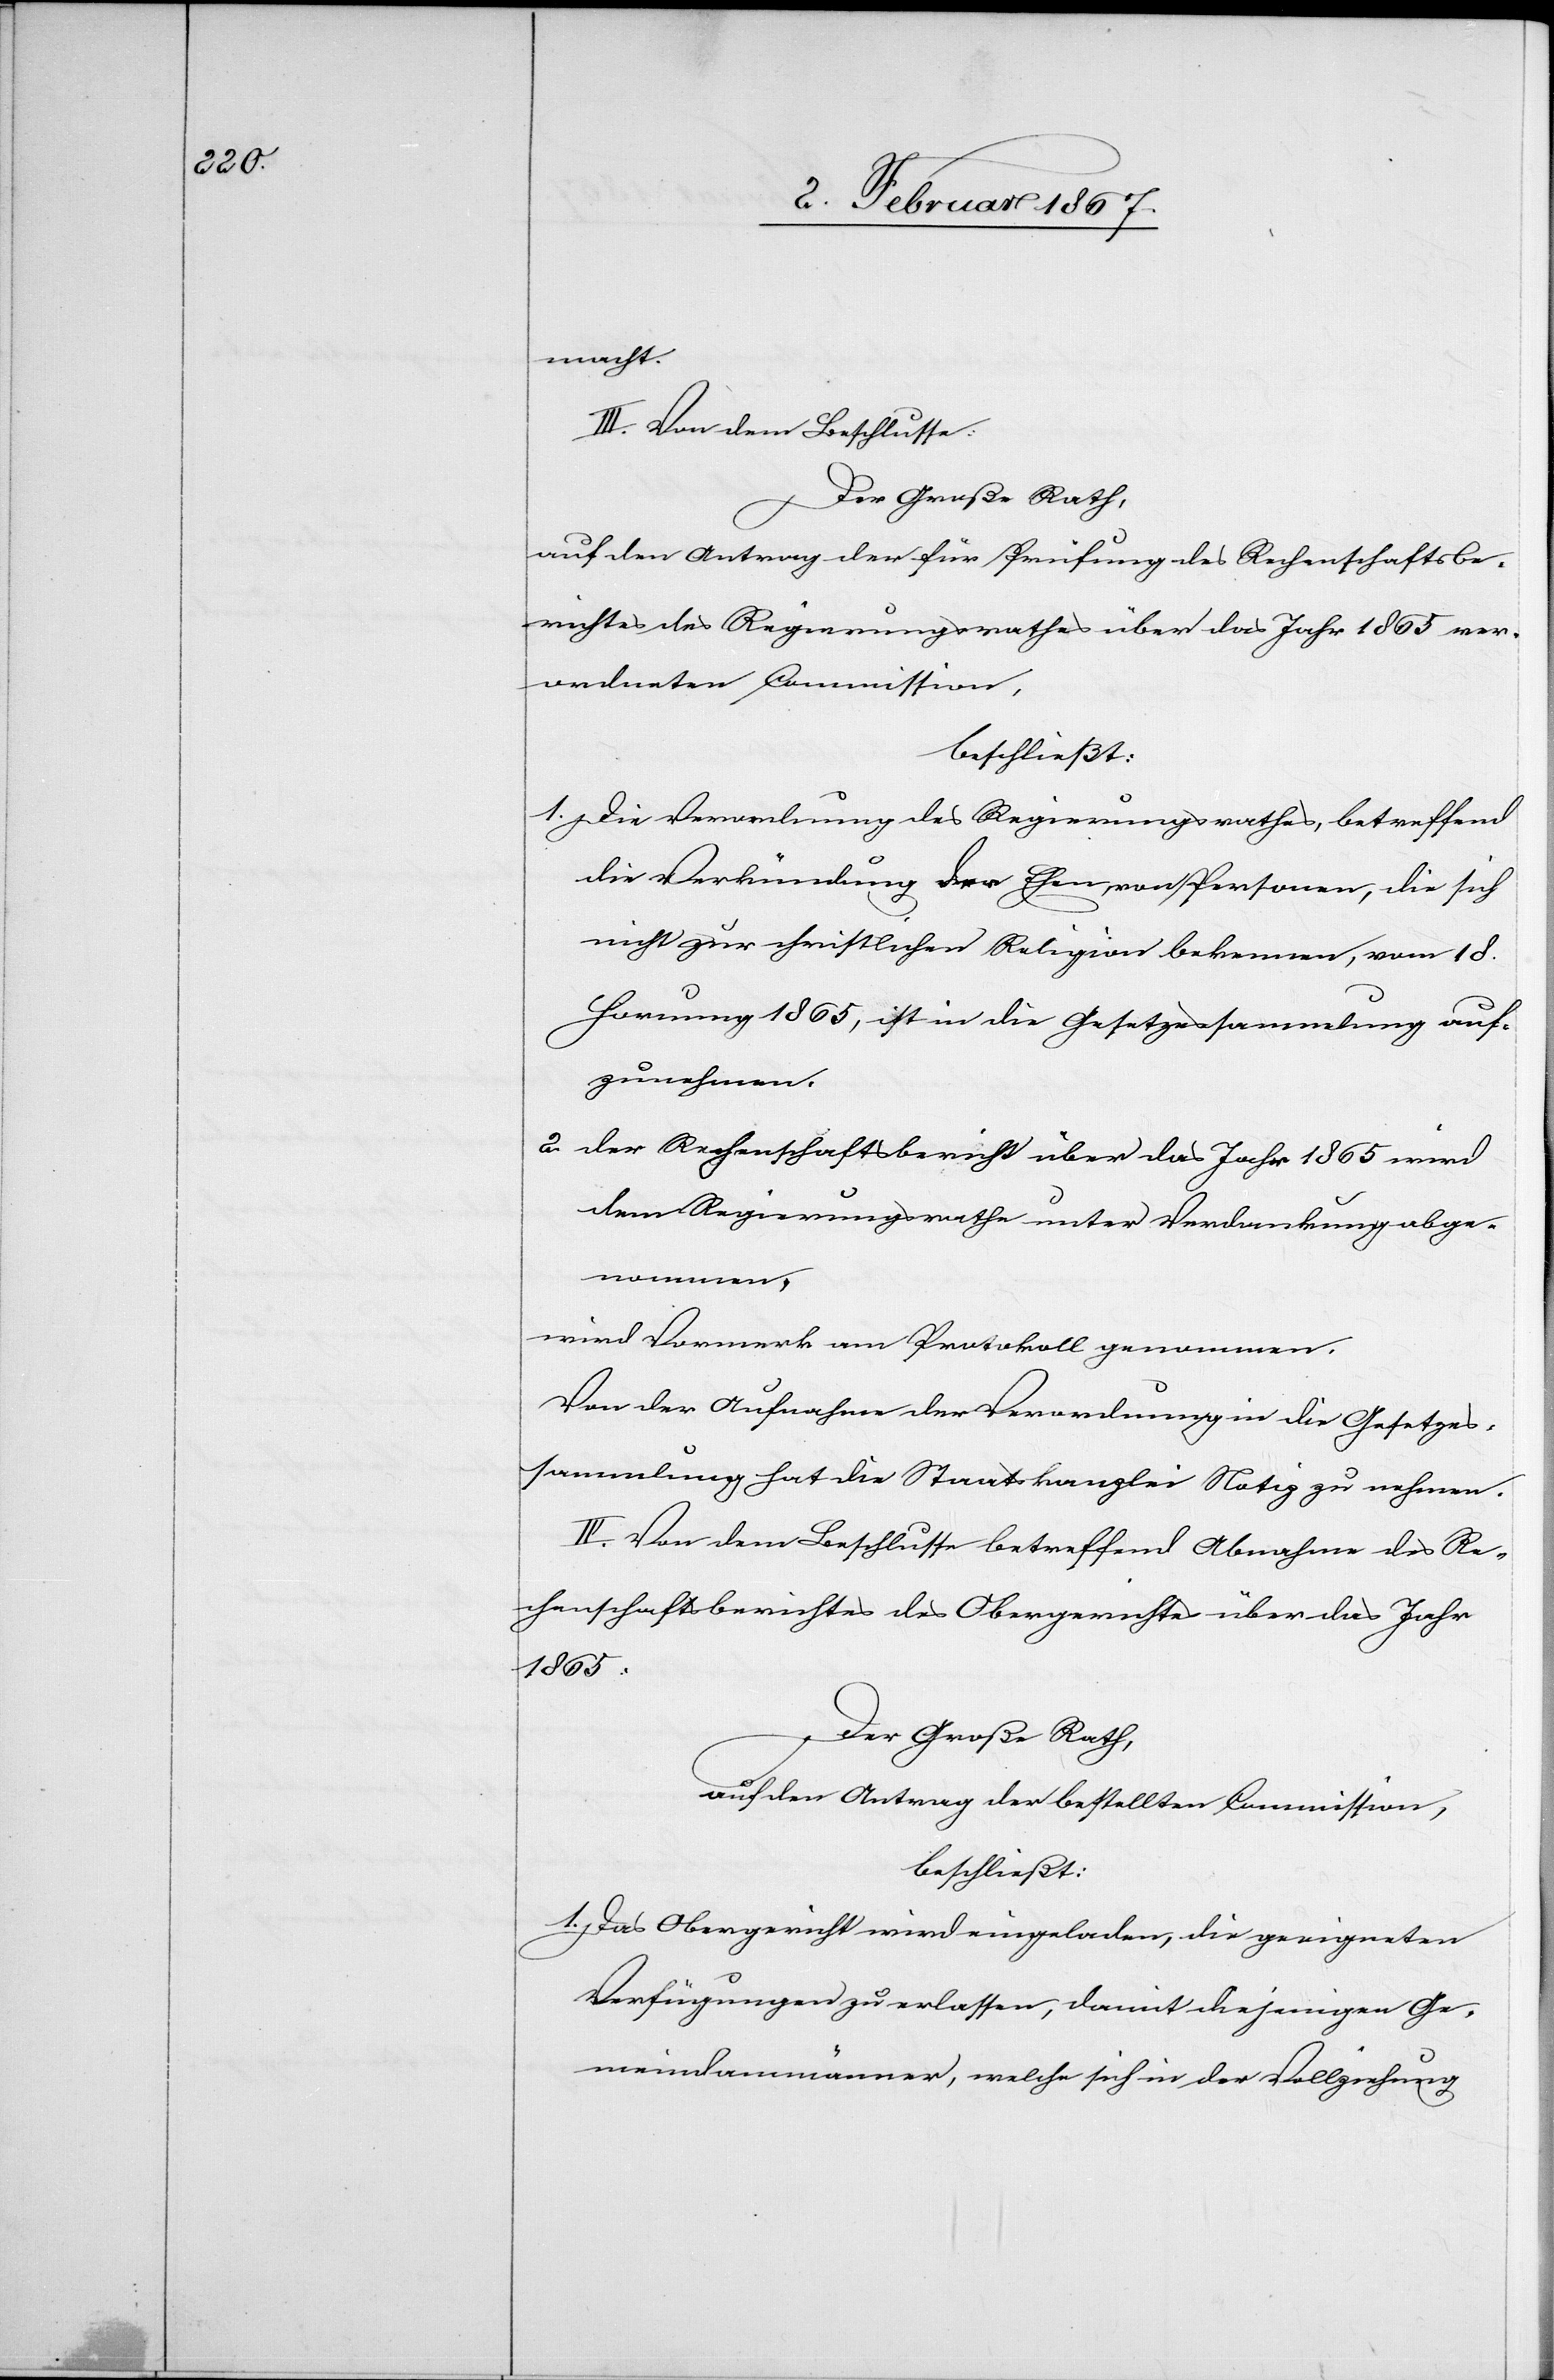
macht.
III. Von dem Beschlusse:
Der Große Rath,
auf den Antrag der für Prüfung des Rechenschaftsbe¬
richtes des Regierungsrathes über das Jahr 1865 ver¬
ordneten Commission,
beschließt:
1. Die Verordnung des Regierungsrathes, betreffend
die Verkündung der Ehen, von Personen, die sich
nicht zur christlichen Religion bekennen, vom 18.
Hornung 1865, ist in die Gesetzessammlung auf¬
zunehmen.
2. der Rechenschaftsbericht über das Jahr 1865 wird
dem Regierungsrathe unter Verdankung abge¬
nommen,
wird Vermerk am Protokoll genommen.
Von der Aufnahme der Verordnung in die Gesetzes¬
sammlung hat die Staatskanzlei Notiz zu nehmen.
IV. Von dem Beschlusse betreffend Annahme des Re¬
chenschaftsberichtes des Obergerichtes über das Jahr
1865:
Der Große Rath,
auf den Antrag der bestellten Commission,
beschließt:
1. Das Obergericht wird eingeladen, die geeigneten
Verfügungen zu erlassen, damit diejenigen Ge¬
meindammänner, welche sich in der Vollziehung